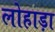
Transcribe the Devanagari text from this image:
लोहाड़ा